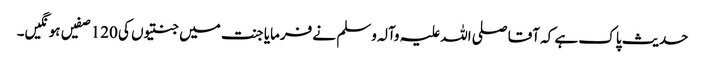
حدیث پاک ہے کہ آقا صلی اللہ علیہ وآلہ وسلم نے فرمایا جنت میں جنتیوں کی 120 صفیں ہو نگیں۔